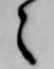
々